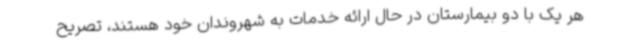
هر یک با دو بیمارستان در حال ارائه خدمات به شهروندان خود هستند، تصریح